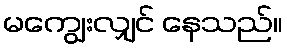
မကျွေးလျှင် နေသည်။